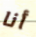
أنا